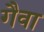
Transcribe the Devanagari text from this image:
गैवा